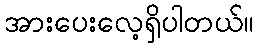
အားပေးလေ့ရှိပါတယ်။